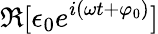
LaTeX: \Re[\epsilon_{0}e^{i(\omega t+\varphi_{0})}]